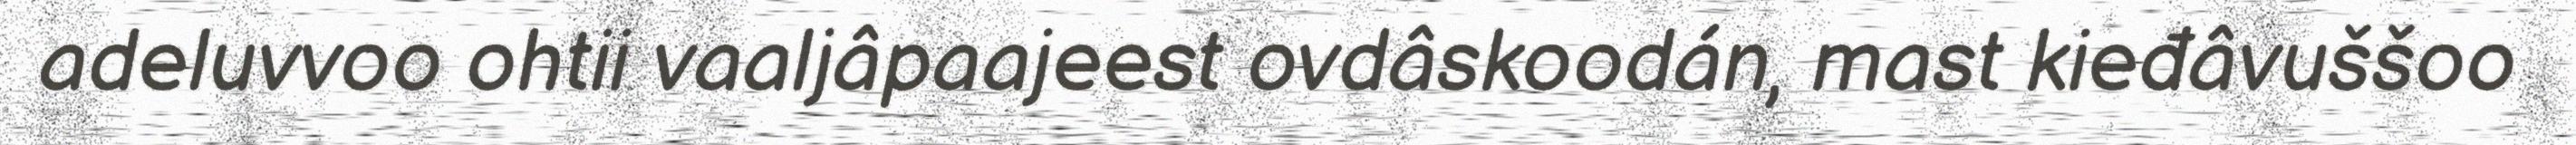
adeluvvoo ohtii vaaljâpaajeest ovdâskoodán, mast kieđâvuššoo